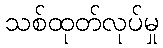
သစ်ထုတ်လုပ်မှု